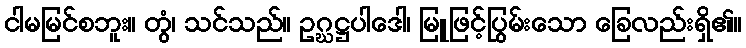
ငါမမြင်စဘူး။ တွံ၊ သင်သည်။ ဥဂ္ဃဋ္ဌပါဒေါ၊ မြူဖြင့်ပြွမ်းသော ခြေလည်းရှိ၏။